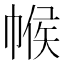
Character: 帿